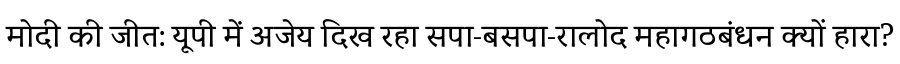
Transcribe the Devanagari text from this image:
मोदी की जीत: यूपी में अजेय दिख रहा सपा-बसपा-रालोद महागठबंधन क्यों हारा?